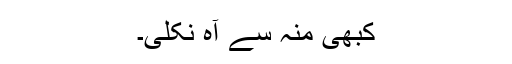
کبھی منہ سے آہ نکلی۔